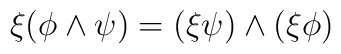
\xi (\phi \wedge \psi) = (\xi \psi) \wedge (\xi\phi)